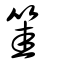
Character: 筀